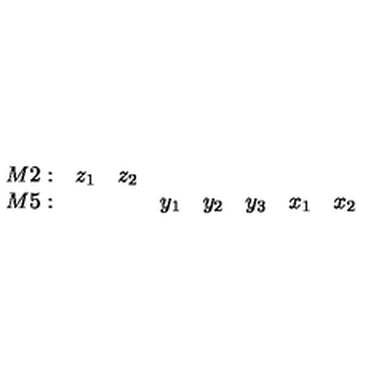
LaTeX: \begin{array} { r c c c c c c c } { { M 2 } : } & { z _ { 1 } } & { z _ { 2 } } & { } & { } & { } & { } & { } \\ { { M 5 } : } & { } & { } & { y _ { 1 } } & { y _ { 2 } } & { y _ { 3 } } & { x _ { 1 } } & { x _ { 2 } } \\ \end{array}